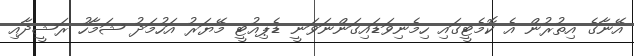
އޭނާގެ އިތުރުން އެ ކޮމެޓީގައި ހިމެނިވަޑައިގަންނަވަނީ ޑެޕިއުޓީ މޭޔަރު އަހުމަދު ޝަމާހު ރަޝީދާއި